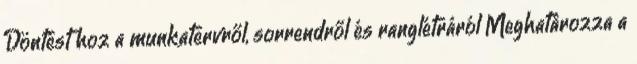
Döntést hoz a munkatervről, sorrendről és ranglétráról Meghatározza a